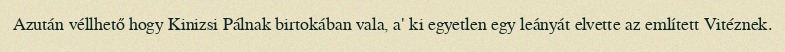
Azután véllhető hogy Kinizsi Pálnak birtokában vala, a' ki egyetlen egy leányát elvette az említett Vitéznek.